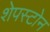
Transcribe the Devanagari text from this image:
शेपस्टोन